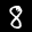
Label: 8